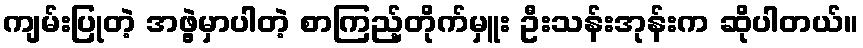
ကျမ်းပြုတဲ့ အဖွဲ့မှာပါတဲ့ စာကြည့်တိုက်မှူး ဦးသန်းအုန်းက ဆိုပါတယ်။